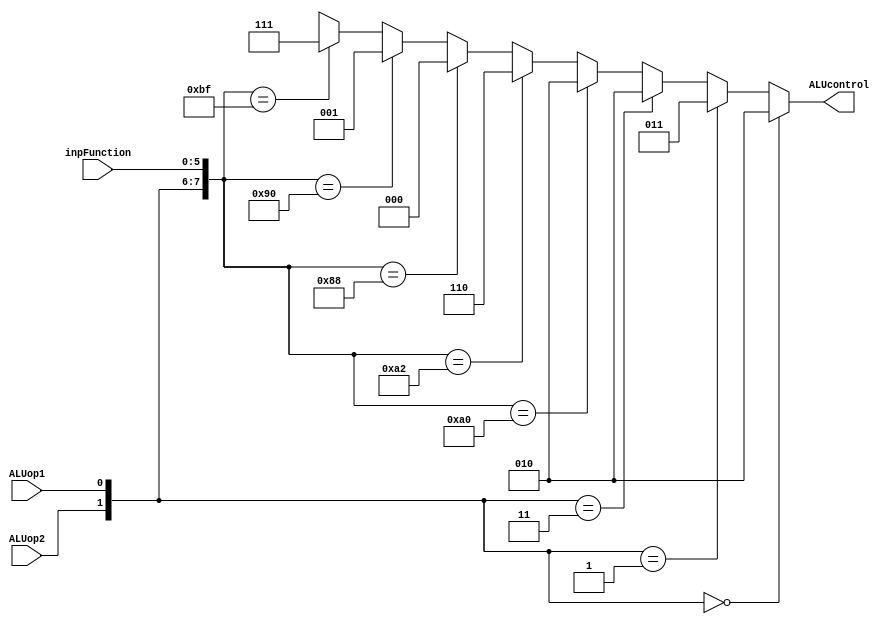
`timescale 1ns / 1ps
	module ALU_control_bl (
	inpFunction,
	ALUop1,
	ALUop2,
	ALUcontrol
	);
														//Added NOP to R-Type//
	parameter LW = 2'b00, SW = 2'b00, BranchNotZero = 2'b01, Rtype = 2'b10, Itype = 2'b11, add = 6'b100000, subtract = 6'b100010, NAND = 6'b001000, ARS = 6'b010000, NOP = 6'b111111;
	parameter add_c = 3'b010, subtract_c = 3'b110, NAND_c = 3'b000, ARS_c = 3'b001, NOP_c = 3'b111, bnz_c = 3'b011;
	input [5:0] inpFunction;
	input ALUop1;
	input ALUop2;
	
	wire [7:0] opt;
	
	output [2:0] ALUcontrol;
	
	assign opt = {ALUop2,ALUop1,inpFunction};
	
	assign ALUcontrol = (opt[7:6] == LW) ? (add_c) :
						(opt[7:6] == SW) ? (add_c) :
						(opt[7:6] == BranchNotZero) ? (bnz_c) :
						(opt[7:6] == Itype) ? (add_c) :
						(opt == {Rtype,add}) ? (add_c) :
						(opt == {Rtype,subtract}) ? (subtract_c) :
						(opt == {Rtype,NAND}) ? (NAND_c) :
						(opt == {Rtype,ARS}) ? (ARS_c) :
						(opt == {Rtype,NOP}) ? (NOP_c) : 3'bx;
	endmodule